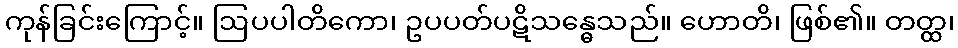
ကုန်ခြင်းကြောင့်။ ဩပပါတိကော၊ ဥပပတ်ပဋိသန္ဓေသည်။ ဟောတိ၊ ဖြစ်၏။ တတ္ထ၊